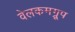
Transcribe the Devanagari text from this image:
वेलकमग्रूप